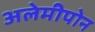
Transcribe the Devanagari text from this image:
अलेमीपोन